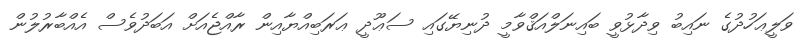
ވަލީޢަހުދުގެ ނައިބު ވިދާޅުވީ ބައިނަލްއަޤްވާމީ ދުނިޔޭގައި ސަޢޫދީ ޢަރަބިއްޔާއިން ރާއްޖެއަށް އަބަދުވެސް އެއްބާރުލުން